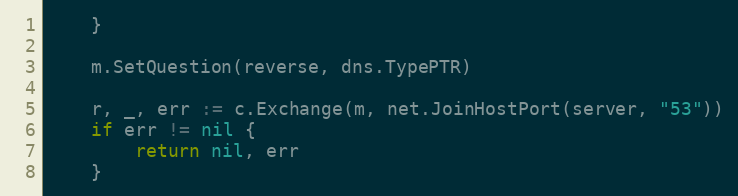
Language: Go
	}

	m.SetQuestion(reverse, dns.TypePTR)

	r, _, err := c.Exchange(m, net.JoinHostPort(server, "53"))
	if err != nil {
		return nil, err
	}